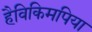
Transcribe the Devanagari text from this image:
हैविकिमपिया